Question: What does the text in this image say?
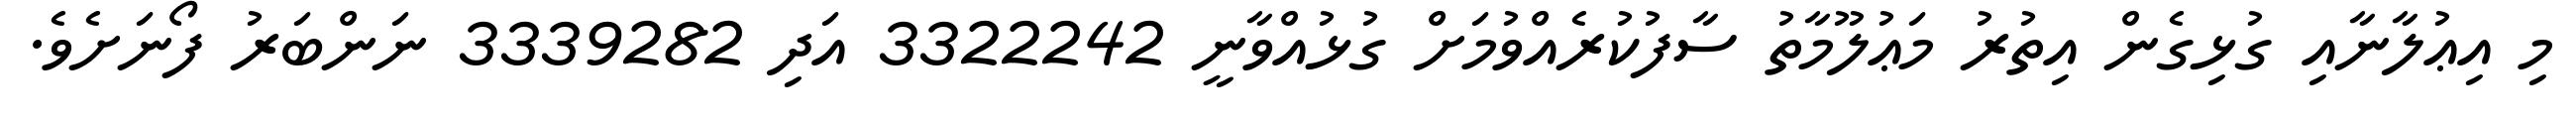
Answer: މި އިޢުލާނާއި ގުޅިގެން އިތުރު މަޢުލޫމާތު ސާފުކުރެއްވުމަށް ގުޅުއްވާނީ 3322242 އަދި 3339282 ނަންބަރު ފޯނަށެވެ.